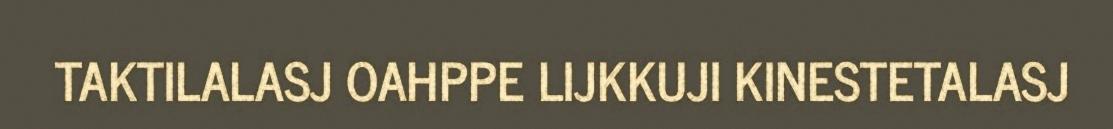
TAKTILALASJ OAHPPE LIJKKUJI KINESTETALASJ